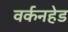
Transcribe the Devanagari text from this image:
वर्कनहेड